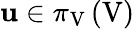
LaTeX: \mathbf{u}\in\pi_{\mathrm{{V}}}\left(\mathrm{{V}}\right)